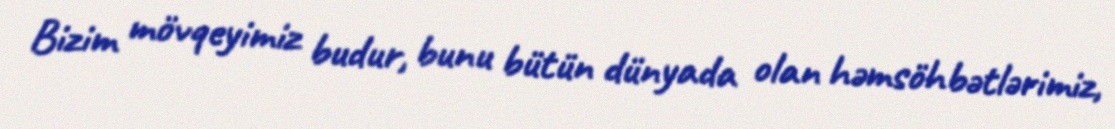
Bizim mövqeyimiz budur, bunu bütün dünyada olan həmsöhbətlərimiz,